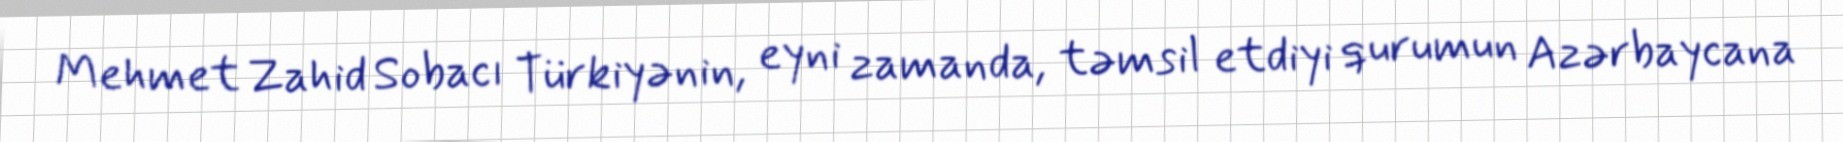
Mehmet Zahid Sobacı Türkiyənin, eyni zamanda, təmsil etdiyi qurumun Azərbaycana